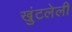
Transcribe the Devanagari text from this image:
खुंटलेली